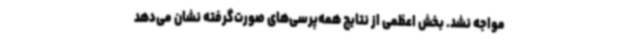
مواجه نشد. بخش اعظمی از نتایج همه‌پرسی‌های صورت‌گرفته نشان می‌دهد